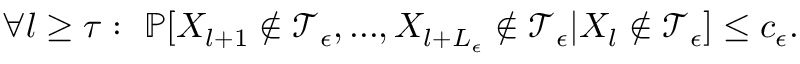
\forall l \ge \tau : \ \mathbb { P } [ X _ { l + 1 } \notin { \mathcal T } _ { \epsilon } , . . . , X _ { l + L _ { \epsilon } } \notin { \mathcal T } _ { \epsilon } | X _ { l } \notin { \mathcal T } _ { \epsilon } ] \le c _ { \epsilon } .